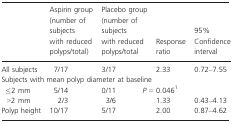
<table><thead><tr><td></td><td><b>Aspirin group (number of subjects with reduced polyps/total)</b></td><td><b>Placebo group (number of subjects with reduced polyps/total</b></td><td><b>Response ratio</b></td><td><b>95% Confidence interval</b></td></tr></thead><tbody><tr><td>All subjects</td><td>7/17</td><td>3/17</td><td>2.33</td><td>0.72–7.55</td></tr><tr><td colspan="5">Subjects with mean polyp diameter at baseline</td></tr><tr><td> ≤2 mm</td><td>5/14</td><td>0/11</td><td><i>P </i>= 0.0461</td><td></td></tr><tr><td>&gt;2 mm</td><td>2/3</td><td>3/6</td><td>1.33</td><td>0.43–4.13</td></tr><tr><td>Polyp height</td><td>10/17</td><td>5/17</td><td>2.00</td><td>0.87–4.62</td></tr></tbody></table>